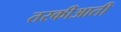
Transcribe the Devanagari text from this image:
तरकीआती